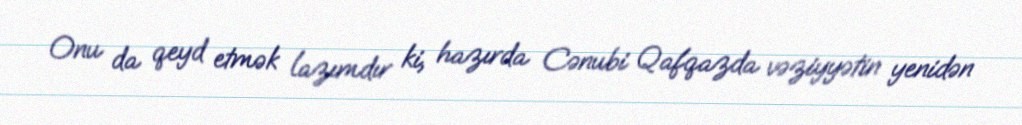
Onu da qeyd etmək lazımdır ki, hazırda Cənubi Qafqazda vəziyyətin yenidən